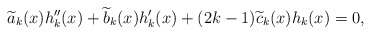
\begin{align*}\widetilde{a}_k(x) h_k''(x) + \widetilde{b}_k(x) h_k'(x) + (2k-1) \widetilde{c}_k(x) h_k(x) = 0,\end{align*}